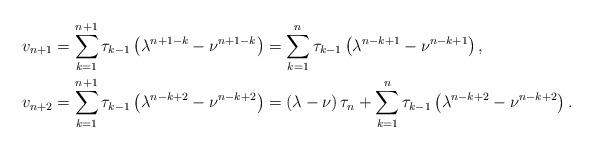
LaTeX: \begin{align*}v_{n+1} & =\sum_{k=1}^{n+1}\tau_{k-1}\left( \lambda^{n+1-k}-\nu^{n+1-k}\right) =\sum_{k=1}^{n}\tau_{k-1}\left( \lambda^{n-k+1}-\nu^{n-k+1}\right) ,\\v_{n+2} & =\sum_{k=1}^{n+1}\tau_{k-1}\left( \lambda^{n-k+2}-\nu^{n-k+2}\right) =\left( \lambda-\nu\right) \tau_{n}+\sum_{k=1}^{n}\tau_{k-1}\left( \lambda^{n-k+2}-\nu^{n-k+2}\right) .\end{align*}